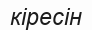
кіресін